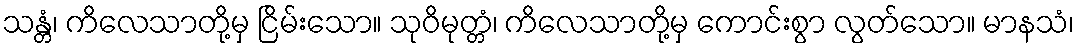
သန္တံ၊ ကိလေသာတို့မှ ငြိမ်းသော။ သုဝိမုတ္တံ၊ ကိလေသာတို့မှ ကောင်းစွာ လွတ်သော။ မာနသံ၊